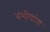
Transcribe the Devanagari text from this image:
वंशीयांना